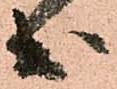
出